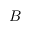
B